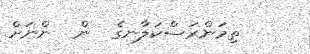
ތިމަންރަސްކަލާނގެ  ން  ންނަށް